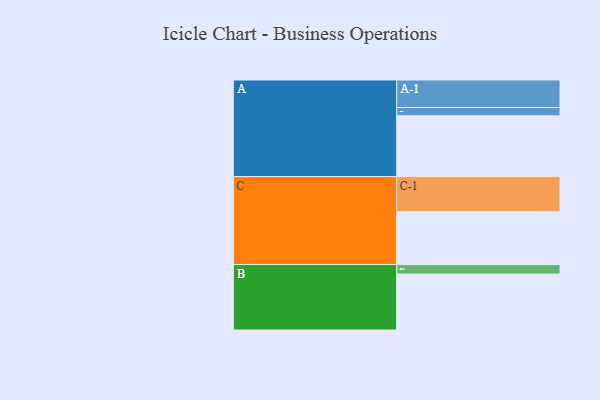
{"axis": {"x": "Segment", "y": "Value"}, "legend": ["", "A", "B", "C"], "data": [{"x": "A", "y": 466, "type": ""}, {"x": "B", "y": 429, "type": ""}, {"x": "C", "y": 405, "type": ""}, {"x": "A-1", "y": 211, "type": "A"}, {"x": "A-2", "y": 64, "type": "A"}, {"x": "B-1", "y": 73, "type": "B"}, {"x": "C-1", "y": 270, "type": "C"}]}